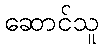
ဆောင်သူ